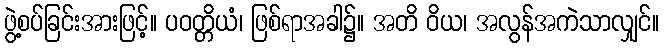
ဖွဲ့စပ်ခြင်းအားဖြင့်။ ပဝတ္တိယံ၊ ဖြစ်ရာအခါ၌။ အတိ ဝိယ၊ အလွန်အကဲသာလျှင်။